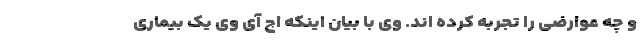
و چه عوارضی را تجربه کرده اند. وی با بیان اینکه اچ آی وی یک بیماری